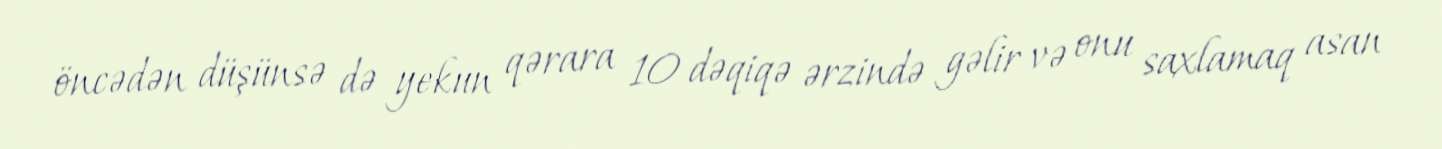
öncədən düşünsə də yekun qərara 10 dəqiqə ərzində gəlir və onu saxlamaq asan